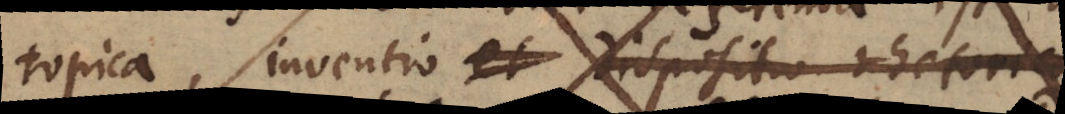
topica, inventio et dispositio rhetorica